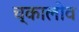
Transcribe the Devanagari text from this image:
च्कालोव